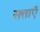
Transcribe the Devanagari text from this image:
सत्ताऍं